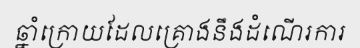
ឆ្នាំក្រោយដែលគ្រោងនឹងដំណើរការ